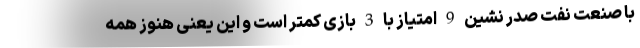
با صنعت نفت صدر نشین 9 امتیاز با 3 بازی کمتر است و این یعنی هنوز همه